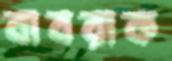
বাবরাক